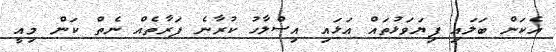
އެކަން ބަލައި ފިޔަވަޅުތައް އަޅައި އިސްލާހު ކުރާނެ ފަރާތެއް ނެތް ކަން މިއީ